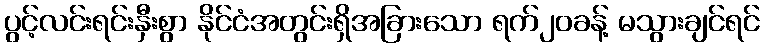
ပွင့်လင်းရင်းနှီးစွာ နိုင်ငံအတွင်းရှိအခြားသော ရက်၂၀ခန့် မသွားချင်ရင်